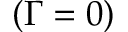
( \Gamma = 0 )